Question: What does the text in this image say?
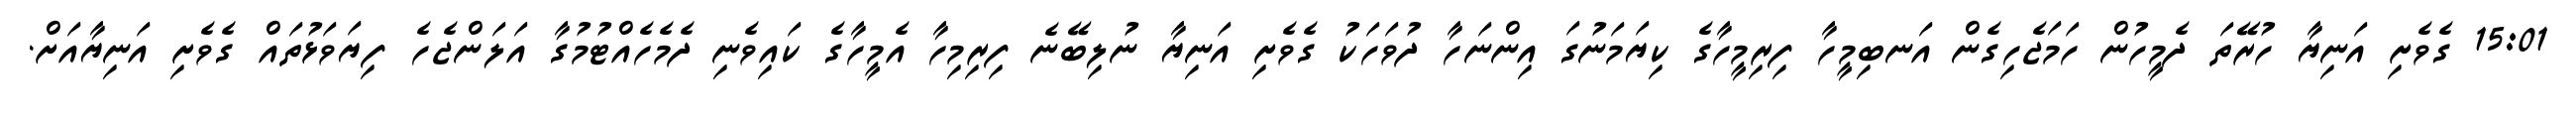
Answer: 15:01 ގެވެށި އަނިޔާ ހުރޭތަ ދެމީހުން ހަމަޖެހިގެން އަނބިމީހާ ފިރިމީހާގެ ކިޔަމަނުގަ އިންނަހާ ދުވަހަކު ގެވެށި އަނިޔާ ނުލިބޭނެ ފިރިމިހާ އެމީހާގެ ކައިވެނި ދެމެހެއްޓުމުގާ އަލަންޖެހެ ފިޔަވަޅުތައް ގެވެށި އަނިޔާއަށް.